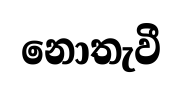
නොතැවී